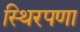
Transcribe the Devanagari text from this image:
स्थिरपणा